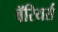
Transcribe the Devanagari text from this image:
बॅरियर्स